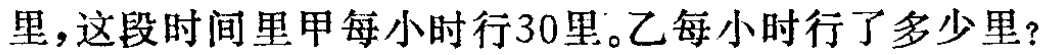
里，这段时间里甲每小时行30里。乙每小时行了多少里？